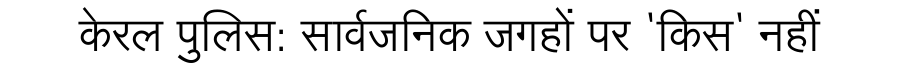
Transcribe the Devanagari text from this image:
केरल पुलिस: सार्वजनिक जगहों पर 'किस' नहीं